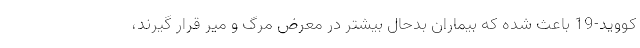
کووید-19 باعث شده که بیماران بدحال بیشتر در معرض مرگ و میر قرار گیرند،